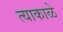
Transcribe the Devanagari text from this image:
त्याकाळे